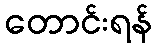
တောင်းရန်